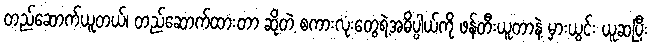
တည်ဆောက်ယူတယ်၊ တည်ဆောက်ထားတာ ဆိုတဲ့ စကားလုံးတွေရဲ့အဓိပ္ပါယ်ကို ဖန်တီးယူတာနဲ့ မှားယွင်း ယူဆပြီး